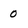
Character: 0